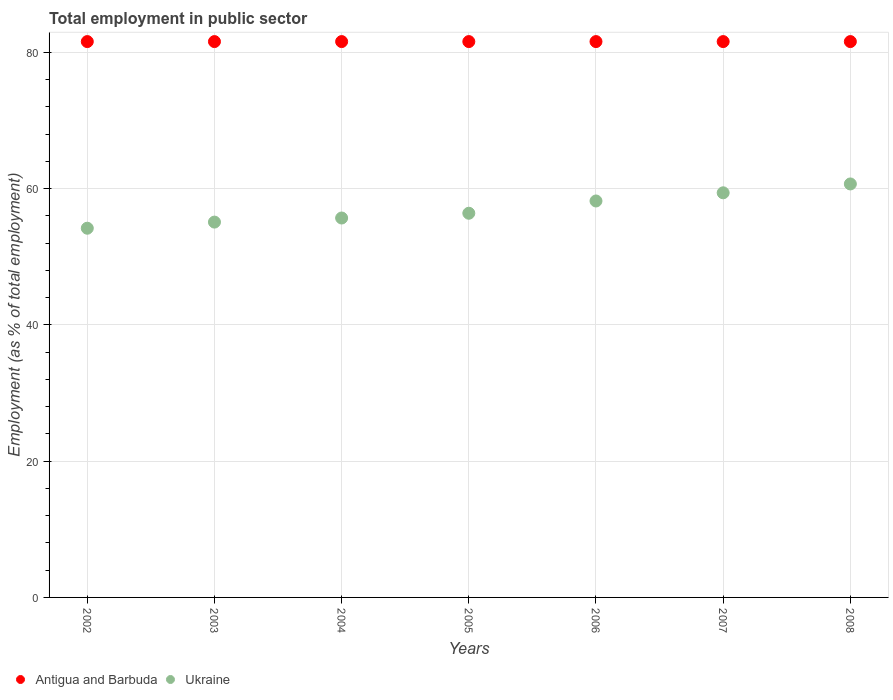
| Years | Antigua and Barbuda | Ukraine |
 | --- | --- | --- |
 | 2002 | 81.6 | 54.2 |
 | 2003 | 81.6 | 55.1 |
 | 2004 | 81.6 | 55.7 |
 | 2005 | 81.6 | 56.4 |
 | 2006 | 81.6 | 58.2 |
 | 2007 | 81.6 | 59.4 |
 | 2008 | 81.6 | 60.7 |